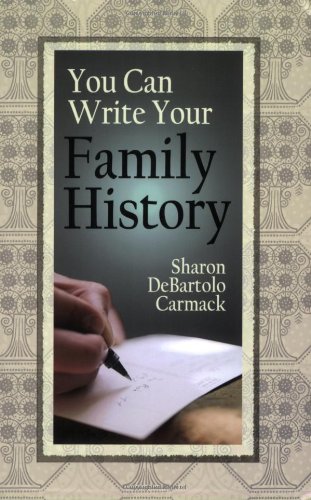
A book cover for You Can Write Your Family History; Sharon DeBartolo Carmack; Reference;